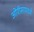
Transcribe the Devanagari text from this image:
ओरीसामध्ये